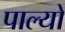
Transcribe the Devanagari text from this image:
पाल्यों